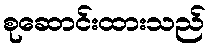
စုဆောင်းထားသည်